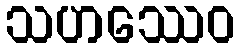
သဟဿေဝ